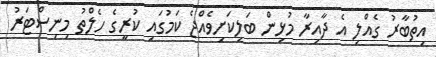
އިތުބާރު ގެއްލި އެ ދާއިރާ މުޅިން ބަލިކަށިވެއްޖެ ކަމުގައި ކުރީގެ ހެލްތު މިނިސްޓަރު